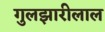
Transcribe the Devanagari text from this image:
गुलझारीलाल